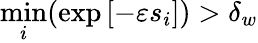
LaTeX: \underset{i}{\operatorname*{min}}(\exp\left[-\varepsilon s_{i}\right])>\delta_{w}